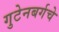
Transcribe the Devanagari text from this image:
गुटेनबर्गचे